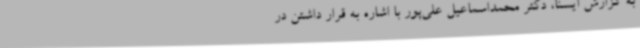
به گزارش ایسنا، دکتر محمداسماعیل علی‌پور با اشاره به قرار داشتن در